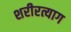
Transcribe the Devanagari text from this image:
शरीरत्याग